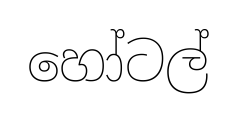
හෝටල්